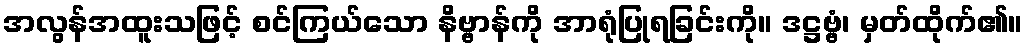
အလွန်အထူးသဖြင့် စင်ကြယ်သော နိဗ္ဗာန်ကို အာရုံပြုရခြင်းကို။ ဒဋ္ဌဗ္ဗံ၊ မှတ်ထိုက်၏။